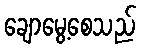
ချောမွေ့စေသည်